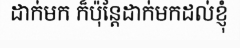
ដាក់មក ក៏ប៉ុន្តែដាក់មកដល់ខ្ញុំ